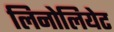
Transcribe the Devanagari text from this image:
लिनोलियेट